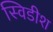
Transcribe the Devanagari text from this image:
स्विडीश